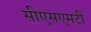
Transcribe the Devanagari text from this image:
सीएसएमटी